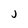
Character: j